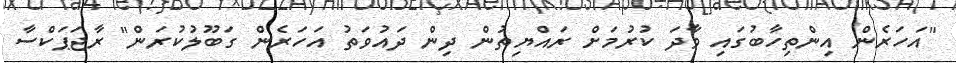
"އަހަރެން އިންތިހާބުގައި ވާދަ ކުރުމަށް ރައްޔިތުން ދިން ދައުވަތު އަހަރެން ގަބޫލުކުރަން" ރާޖަޕަކްސާ